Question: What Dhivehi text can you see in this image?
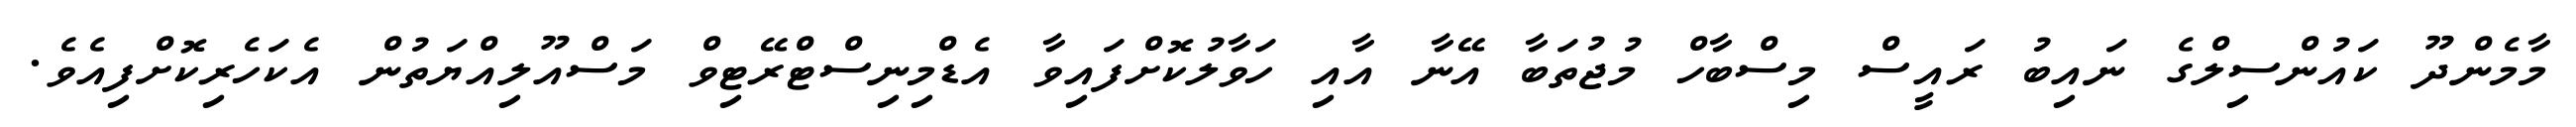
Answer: މާމެންދޫ ކައުންސިލްގެ ނައިބު ރައީސް މިސްބާހް މުޖުތަބާ އޭނާ އާއި ހަވާލުކޮށްފައިވާ އެޑްމިނިސްޓްރޭޓިވް މަސްއޫލިއްޔަތުން އެކަހެރިކޮށްފިއެވެ.